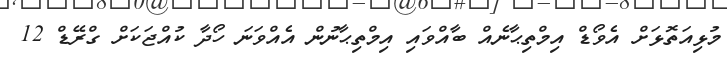
މުޅިއަތޮޅަށް އެވޯޑް އިމްތިޙާނެއް ބާއްވައި އިމްތިޙާނުން އެއްވަނަ ހޯދާ ކުއްޖަކަށް ގްރޭޑް 12